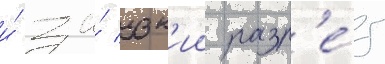
и́ за́ узк'ии разр'е́з